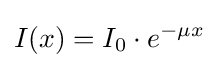
I(x)=I_{0}\cdot e^{-\mu x}